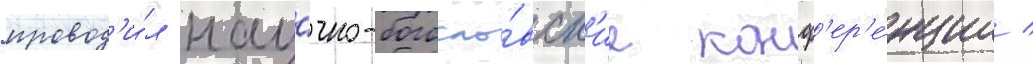
провод'и́л нау́чно-богосло́вск'ие конф'ер'е́нции /